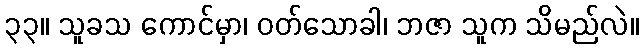
၃၃။ သူခသ ကောင်မှာ၊ ဝတ်သောခါ၊ ဘဇာ သူက သိမည်လဲ။